Memorandum on the prevention of leprosy by segregation of the affected
Disease focus: Leprosy
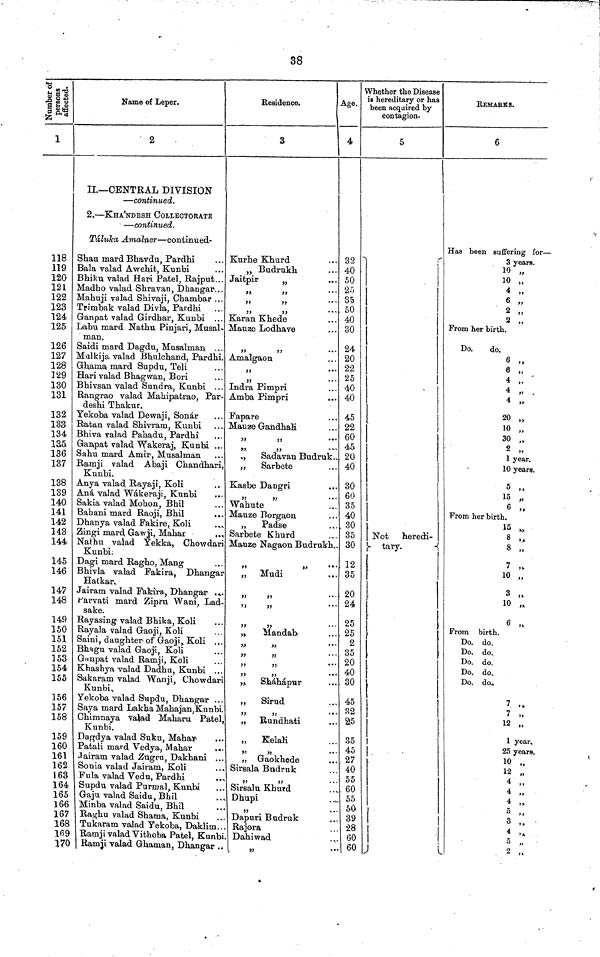
38
Number of
persons
affected.
1
118
119
120
121
122
123
124
125
126
127
128
129
130
131
132
133
134
1E5.
136
137
138
139
140
141
142
143
144
145
146
147
148
149
150
151
152
153
154
155
156
157
158
159
160
161
162
163
164
165
166
167
168
109
170
Name of Leper.
2
IL— CENTRAL DIVISION
— continued.
2. — KHA'NDESH COLLECTOBATB
— continued.
Taluka Amalner — continued-
Shau mard Bhavdu, Pardhi
3ala valad Awehit, Kunbi
Bhiku valad Hari Patel, Rajput
Madho valad Shravan, Dhangar
Mahuji valad Shivaji, Chambar ...
Trimbak valad Divla, Pardhi
Ganpat valad Girdhar, Kunbi
Labu mard Nathu Pinjari, Musal-
man.
Saidi mard Dagdu, Musalman
Malkija valad Bhnlchand, Pardhi.
Ghama mard Supdu, Teli
Hari valad Bhagwan, Bori
Bhivsan valad Sundra, Kunbi
Rangrao valad Mahipatrao, Par-
deshi Thakur.
Yekoba valad Dewaji, Sonar
Ratan valad Shivram, Kunbi
Bhiva valad Pahadu, Pardhi
Ganpat valad Wakeraj, Kunbi ...
Sahu mard Amir, Musalman
Ramji valad Abaji Chandhari,
Kunbi.
Anya valad. Rayaji, Koli
And, valad Wakeraji, Kunbi
Sakia valad Mohon, Bhil
Bahani mard Raoji, Bhil
Dhanya valad Fakire, Koli
Zingi mard Gawji, Mahar
..,
Nathu valad Yekka, Chowdari
Kunbi.
Dagi mard Ragho, Mang
Bhivla valad Fakira, Dhangar
Hatkar.
Jairam valad Fakira, Dhangar
Parvati mard Zipru Wani, Lad-
sake.
Rayasing valad Bhika, Koli
Rayala valad Gaoji, Koli
Saini, daughter of Gaoji, Koli ...
Bhagu valad Gaoji, Koli
Ganpat valad Ramji, Koli
Khashya valad Dadhu, Kunbi ...
Sakaram valad Wanji, Chowdari
Kunbi
Yekoba valad Supdu, Dhangar
Saya mard Lakha Mahajan, Kunbi.
Chimnaya valad Maharu Patel,
Kunbi.
Dagdya valad Suku, Mahar
Patali mard Vedya, Mahar
Jairam valad Zugru, Dakhani ..
Sonia valad Jairam, Koli
Fula valad Vedu, Pardhi
Supdu valad Purmal, Kunbi
Gaju valad Saidu, Bhil
Minba valad Saidu, Bhil
Raghu valad Shama, Kunbi
Tukaram valad Yekoba, Daklim.
Ramji valad Vithoba Patel, Kunbi
Ramji valad Ghaman, Dhangar
Residence.
3
Kurhe Khurd
" Budrnkh
Jaitpir
"
"
"
Karan Khede
Mauze Lodhave
"
"
Amalgaon
"
"
"
"
Indra Pimpri
Amba Pimpri
Fapare
Mauzse Gandhali
"
"
"
"
"
Sadavan Budruk...
„
Sarbete
Kasbe Dangri
"
"
Wahute
Mauze Borgaon
„
Padse
Sarbete Khurd
Mauze Nagaon Budrukh.
"
"
„ Mudi
"
"
"
"
"
,,
"
Mandab
"
"
"
"
"
"
"
Shahapur
,, Sirud
„ Rundhati
,,
Kelali
"
"
,, Gaokhode
Sirsala Budruk
Sirsalu Khutd
Dhupi "
Dapuri Budruk
Rajora
Dahiwad
"
Age.
4
32
40
50
25
35
50
40
30
24
20
22
25
40
40
45
22
60
46
20
40
30
60
35
40
30
35
30
12
35
20
24
25
. 25
2
35
20
40
30
45
32
25
35
45
27
40
55
60
55
50
39
28
60
60
Whether the Disease
is hereditary or has
been acquired by
contagion.
5
|
Not heredi-
tary.
REMARKS.
6
Has been suffering for-
3 years.
10 „
10 „
4 „
6 „
2 „
2 „
From her birth.
Do.
do.
6 „
6 „
4 ,,
4 „
4 „
20 „
10 „
30 "
2 „
1 year.
10 years.
5 „
15 „
6 „
From her birth.
15
„
8 ,.
8 „
7 "
10 „
3 „
10 „
6 „
From birth.
Do. do.
Do. do.
Do. do.
Do. do.
Do. do,.
7 „
7 "
12 „
1 year.
25 years.
10 „
12 „
4
4 "
4 "
5 "
3 "
4 "
5
"
2 "